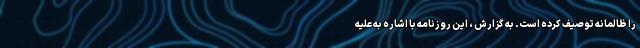
را ظالمانه توصیف کرده است. به گزارش ، این روزنامه با اشاره به علیه